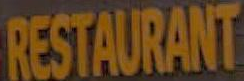
RESTAURANT